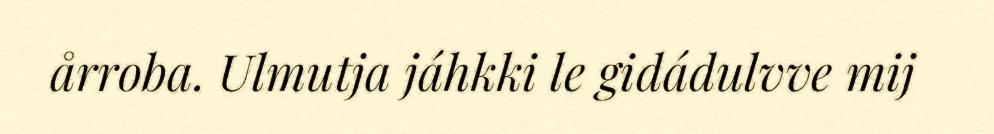
årroba. Ulmutja jáhkki le gidádulvve mij